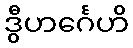
ဒွီဟင်္ဂေဟိ